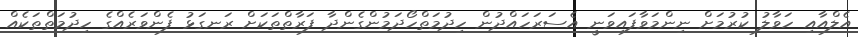
އެލްއާއި ހަވާލު ކުރުމަށް ނިންމަވާފައިވަނީ އެސަރަހައްދުން ހިދުމަތްހޯދަމުންގެންދާ ފަރާތްތަކަށް ރަނގަޅު ފެންވަރެއްގެ ހިދުމަތްތަކެއް